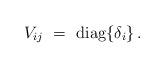
\begin{align*}V_{ij} ~=~ {\rm diag} \{ \delta_i \} \, .\end{align*}